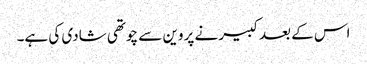
اس کے بعد کبیر نے پروین سے چوتھی شادی کی ہے۔